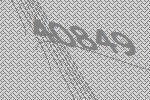
40849